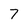
Character: 7